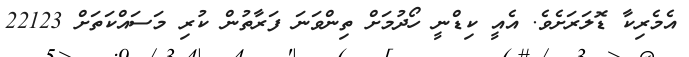
އެމެރިކާ ޑޮލަރަށެވެ. އެއީ ކިޑްނީ ހޯދުމަށް ތިންވަނަ ފަރާތުން ކުރި މަސައްކަތަށް 22123